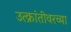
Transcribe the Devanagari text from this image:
उत्क्रांतीवरच्या